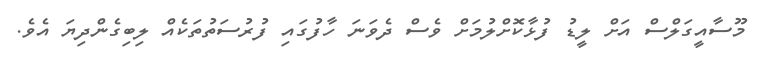
މޫސާއީގަލްސް އަށް ލީޑު ފުޅާކޮށްލުމަށް ވެސް ދެވަނަ ހާފުގައި ފުރުސަތުތަކެއް ލިބިގެންދިޔަ އެވެ.